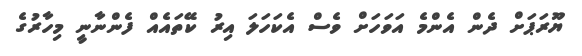
ޔޫރަޕަށް ދެން އެންމެ އަވަހަށް ވެސް އެކަހަލަ އިރު ކޭތައެއް ފެންނާނީ މިހާރުގެ